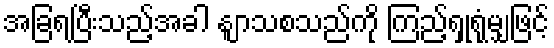
အခြရပြီးသည့်အခါ နျာသစသည်ကို ကြည့်ရှုရုံမျှဖြင့်